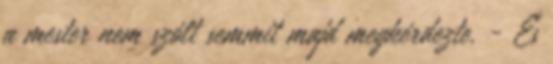
a mester nem szólt semmit majd megkérdezte. - És